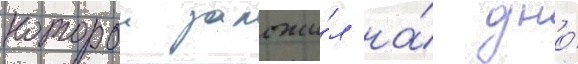
которои заложи́л на́ дно́